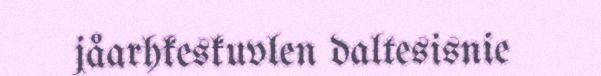
jåarhkeskuvlen daltesisnie